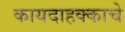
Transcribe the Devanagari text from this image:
कायदाहक्काचे